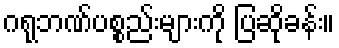
ဂရုဘဏ်ပစ္စည်းများကို ပြဆိုခန်း။